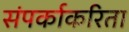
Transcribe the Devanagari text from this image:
संपर्काकरिता